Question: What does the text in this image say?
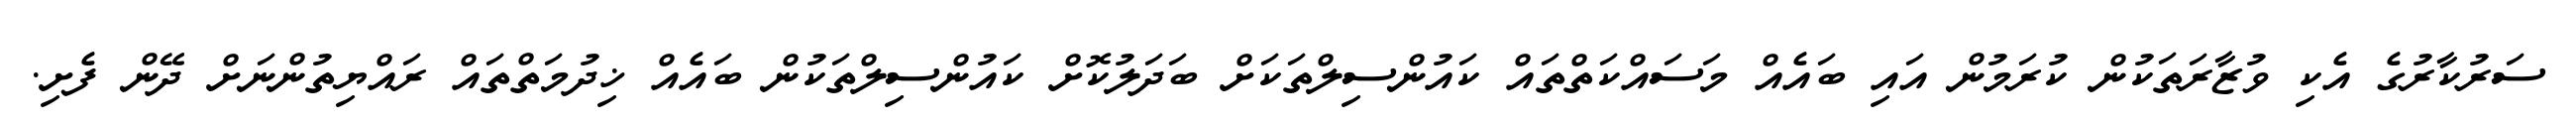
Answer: ސަރުކާރުގެ އެކި ވުޒާރަތަކުން ކުރަމުން އައި ބައެއް މަސައްކަތްތައް ކައުންސިލްތަކަށް ބަދަލުކޮށް ކައުންސިލްތަކުން ބައެއް ޚިދުމަތްތައް ރައްޔިތުންނަށް ދޭން ފެށި.